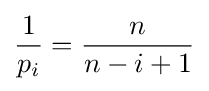
{\frac {1}{p_{i}}}={\frac {n}{n-i+1}}